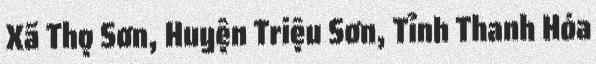
Xã Thọ Sơn, Huyện Triệu Sơn, Tỉnh Thanh Hóa